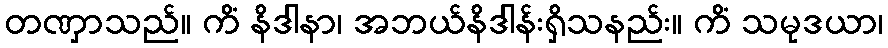
တဏှာသည်။ ကိံ နိဒါနာ၊ အဘယ်နိဒါန်းရှိသနည်း။ ကိံ သမုဒယာ၊